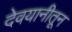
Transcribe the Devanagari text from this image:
देवयानीतून